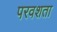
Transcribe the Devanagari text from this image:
परवशता